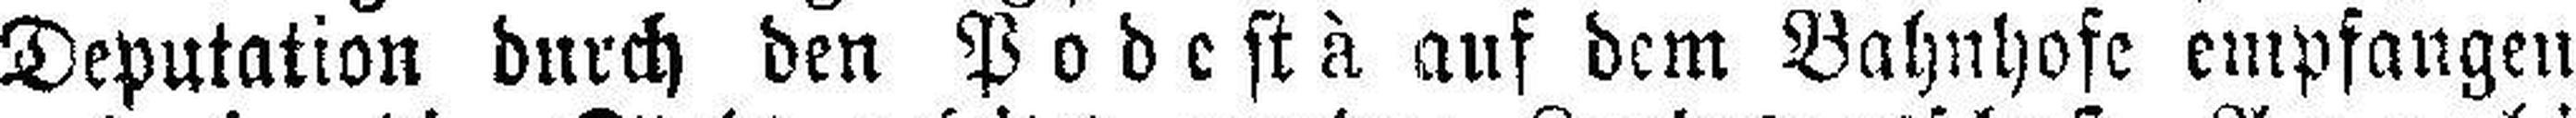
Deputation durch den Podestà auf dem Bahnhofe empfangen